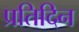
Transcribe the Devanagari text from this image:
प्रतिदिन